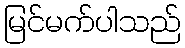
မြင်မက်ပါသည်